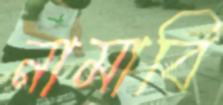
নামাবি